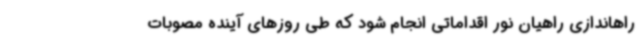
راهاندازی راهیان نور اقداماتی انجام شود که طی روزهای آینده مصوبات